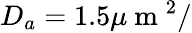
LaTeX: D_{a}=1.5\mu\mathrm{~m~}^{2}/